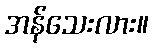
အန်သေးလား။